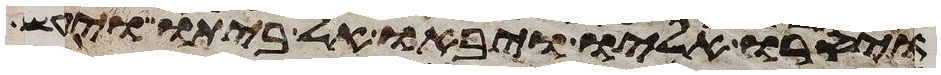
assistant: ויסרו אליו ויבאו אל ביתו ויעש